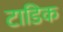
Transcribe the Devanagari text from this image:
टाडिक